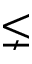
\lneq